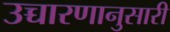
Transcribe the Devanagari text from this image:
उच्चारणानुसारी